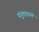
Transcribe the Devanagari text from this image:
पंगुतावाले